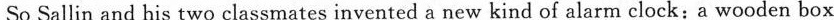
So Sallin and his two classmates invented a new kind of alarm clock:a wooden box